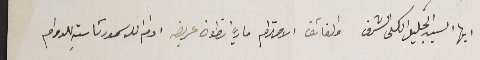
ايها السيد الجليل الكلى الشرف والفائق الاحترام ماري انطون عريضه ادام الله سمو رئاستهِ للدوام